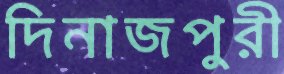
দিনাজপুরী